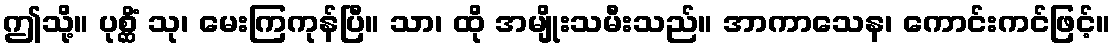
ဤသို့။ ပုစ္ဆိံ သု၊ မေးကြကုန်ပြီ။ သာ၊ ထို အမျိုးသမီးသည်။ အာကာသေန၊ ကောင်းကင်ဖြင့်။